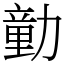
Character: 勭